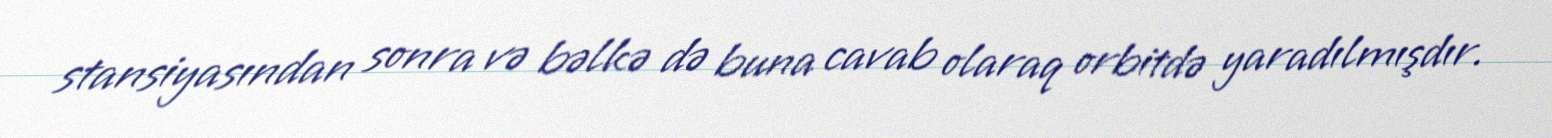
stansiyasından sonra və bəlkə də buna cavab olaraq orbitdə yaradılmışdır.